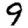
Digit: 9